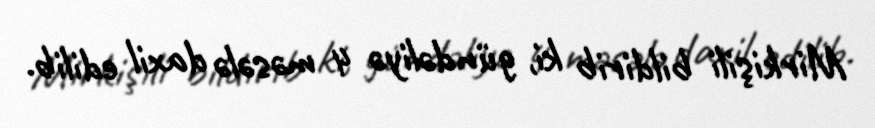
Mirkişili bildirib ki, gündəliyə 4 məsələ daxil edilib.